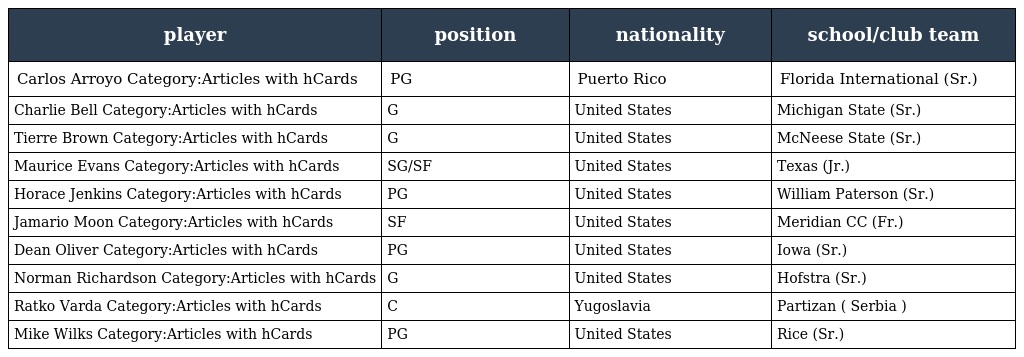
| player | position | nationality | school/club team |
 | --- | --- | --- | --- |
 | Carlos Arroyo Category:Articles with hCards | PG | Puerto Rico | Florida International (Sr.) |
 | Charlie Bell Category:Articles with hCards | G | United States | Michigan State (Sr.) |
 | Tierre Brown Category:Articles with hCards | G | United States | McNeese State (Sr.) |
 | Maurice Evans Category:Articles with hCards | SG/SF | United States | Texas (Jr.) |
 | Horace Jenkins Category:Articles with hCards | PG | United States | William Paterson (Sr.) |
 | Jamario Moon Category:Articles with hCards | SF | United States | Meridian CC (Fr.) |
 | Dean Oliver Category:Articles with hCards | PG | United States | Iowa (Sr.) |
 | Norman Richardson Category:Articles with hCards | G | United States | Hofstra (Sr.) |
 | Ratko Varda Category:Articles with hCards | C | Yugoslavia | Partizan ( Serbia ) |
 | Mike Wilks Category:Articles with hCards | PG | United States | Rice (Sr.) |